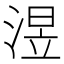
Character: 𣸭